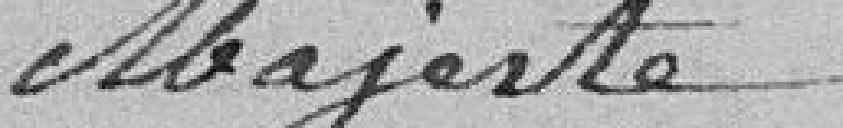
Majesté.